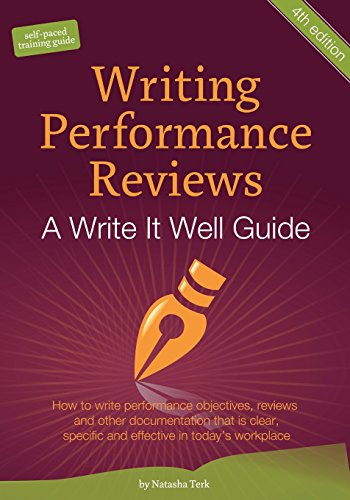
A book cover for Writing Performance Reviews:A Write It Well Guide; Natasha Terk; Business & Money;